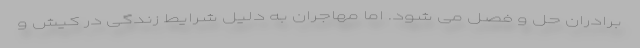
برادران حل و فصل می شود. اما مهاجران به دلیل شرایط زندگی در کیش و